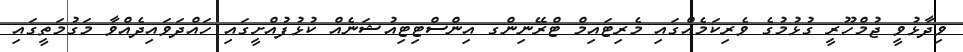
ވިދާޅުވީ ޖުމްހޫރީ ގުޅުމުގެ ވެރިކަމެއްގައި މެރިޓައިމް ޓްރޭނިންގ އިންސްޓިޓިއުޝަނެއް ކުޅުފުއްށީގައި ހައްދަވައިދެއްވާ މަގުމަތީގައި